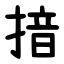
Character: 揞